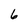
Character: 6